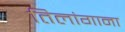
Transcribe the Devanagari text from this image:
तिलांगाना